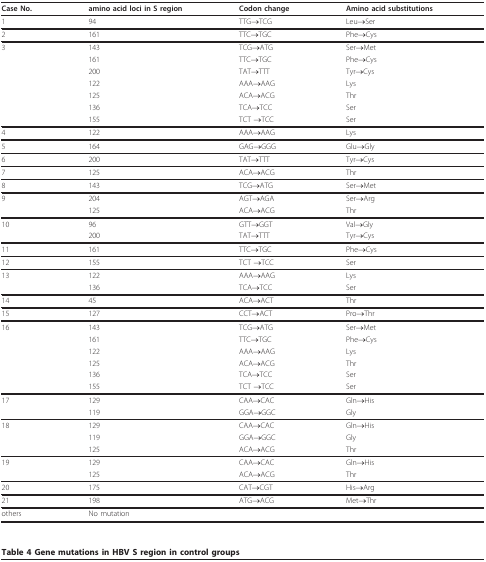
<table><thead><tr><td><b>Case No.</b></td><td><b>amino acid loci in S region</b></td><td><b>Codon change</b></td><td><b>Amino acid substitutions</b></td></tr></thead><tbody><tr><td>1</td><td>94</td><td>TTG<b>→</b>TCG</td><td>Leu<b>→</b>Ser</td></tr><tr><td>2</td><td>161</td><td>TTC<b>→</b>TGC</td><td>Phe<b>→</b>Cys</td></tr><tr><td>3</td><td>143</td><td>TCG<b>→</b>ATG</td><td>Ser<b>→</b>Met</td></tr><tr><td></td><td>161</td><td>TTC<b>→</b>TGC</td><td>Phe<b>→</b>Cys</td></tr><tr><td></td><td>200</td><td>TAT<b>→</b>TTT</td><td>Tyr<b>→</b>Cys</td></tr><tr><td></td><td>122</td><td>AAA<b>→</b>AAG</td><td>Lys</td></tr><tr><td></td><td>125</td><td>ACA<b>→</b>ACG</td><td>Thr</td></tr><tr><td></td><td>136</td><td>TCA<b>→</b>TCC</td><td>Ser</td></tr><tr><td></td><td>155</td><td>TCT <b>→</b>TCC</td><td>Ser</td></tr><tr><td>4</td><td>122</td><td>AAA<b>→</b>AAG</td><td>Lys</td></tr><tr><td>5</td><td>164</td><td>GAG<b>→</b>GGG</td><td>Glu<b>→</b>Gly</td></tr><tr><td>6</td><td>200</td><td>TAT<b>→</b>TTT</td><td>Tyr<b>→</b>Cys</td></tr><tr><td>7</td><td>125</td><td>ACA<b>→</b>ACG</td><td>Thr</td></tr><tr><td>8</td><td>143</td><td>TCG<b>→</b>ATG</td><td>Ser<b>→</b>Met</td></tr><tr><td>9</td><td>204</td><td>AGT<b>→</b>AGA</td><td>Ser<b>→</b>Arg</td></tr><tr><td></td><td>125</td><td>ACA<b>→</b>ACG</td><td>Thr</td></tr><tr><td>10</td><td>96</td><td>GTT<b>→</b>GGT</td><td>Val<b>→</b>Gly</td></tr><tr><td></td><td>200</td><td>TAT<b>→</b>TTT</td><td>Tyr<b>→</b>Cys</td></tr><tr><td>11</td><td>161</td><td>TTC<b>→</b>TGC</td><td>Phe<b>→</b>Cys</td></tr><tr><td>12</td><td>155</td><td>TCT <b>→</b>TCC</td><td>Ser</td></tr><tr><td>13</td><td>122</td><td>AAA<b>→</b>AAG</td><td>Lys</td></tr><tr><td></td><td>136</td><td>TCA<b>→</b>TCC</td><td>Ser</td></tr><tr><td>14</td><td>45</td><td>ACA<b>→</b>ACT</td><td>Thr</td></tr><tr><td>15</td><td>127</td><td>CCT<b>→</b>ACT</td><td>Pro<b>→</b>Thr</td></tr><tr><td>16</td><td>143</td><td>TCG<b>→</b>ATG</td><td>Ser<b>→</b>Met</td></tr><tr><td></td><td>161</td><td>TTC<b>→</b>TGC</td><td>Phe<b>→</b>Cys</td></tr><tr><td></td><td>122</td><td>AAA<b>→</b>AAG</td><td>Lys</td></tr><tr><td></td><td>125</td><td>ACA<b>→</b>ACG</td><td>Thr</td></tr><tr><td></td><td>136</td><td>TCA<b>→</b>TCC</td><td>Ser</td></tr><tr><td></td><td>155</td><td>TCT <b>→</b>TCC</td><td>Ser</td></tr><tr><td>17</td><td>129</td><td>CAA<b>→</b>CAC</td><td>Gln<b>→</b>His</td></tr><tr><td></td><td>119</td><td>GGA<b>→</b>GGC</td><td>Gly</td></tr><tr><td>18</td><td>129</td><td>CAA<b>→</b>CAC</td><td>Gln<b>→</b>His</td></tr><tr><td></td><td>119</td><td>GGA<b>→</b>GGC</td><td>Gly</td></tr><tr><td></td><td>125</td><td>ACA<b>→</b>ACG</td><td>Thr</td></tr><tr><td>19</td><td>129</td><td>CAA<b>→</b>CAC</td><td>Gln<b>→</b>His</td></tr><tr><td></td><td>125</td><td>ACA<b>→</b>ACG</td><td>Thr</td></tr><tr><td>20</td><td>175</td><td>CAT→CGT</td><td>His<b>→</b>Arg</td></tr><tr><td>21</td><td>198</td><td>ATG<b>→</b>ACG</td><td>Met<b>→</b>Thr</td></tr><tr><td>others</td><td>No mutation</td><td></td><td></td></tr></tbody></table>